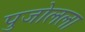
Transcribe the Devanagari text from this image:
पुजोलला